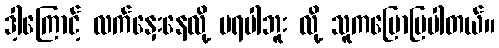
ဒါ့ကြောင့် လက်နှေးနေလို့ မရပါဘူး လို့ သူကပြောပြပါတယ်။